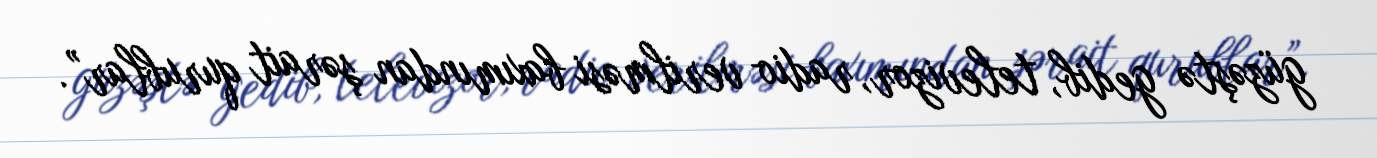
güzəştə gedib, televizor, radio verilməsi baxımından şərait qurublar”.